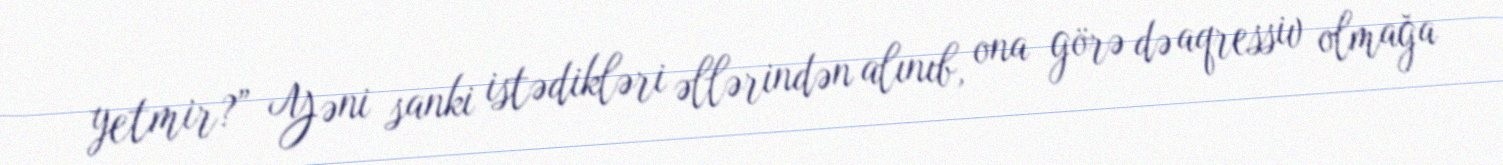
yetmir?” Yəni sanki istədikləri əllərindən alınıb, ona görə də aqressiv olmağa